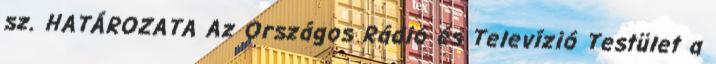
sz. HATÁROZATA Az Országos Rádió és Televízió Testület a